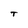
Character: T